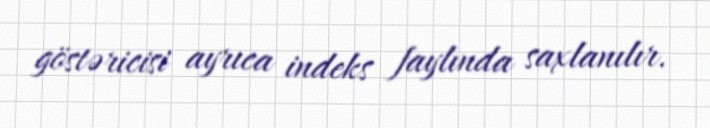
göstəricisi ayrıca indeks faylında saxlanılır.